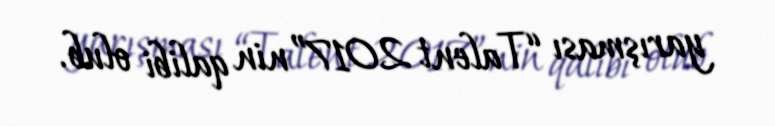
yarışması “Talent 2017”nin qalibi olub.